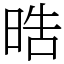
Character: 晧